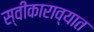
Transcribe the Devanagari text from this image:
स्वीकाराव्यात